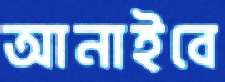
আনাইবে